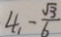
4 _ { 1 } - \frac { \sqrt { 3 } } { 6 }